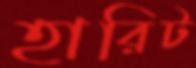
হারিট